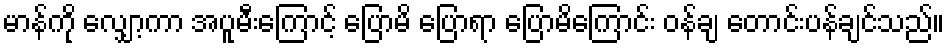
မာန်ကို လျှော့ကာ အပူမီးကြောင့် ပြောမိ ပြောရာ ပြောမိကြောင်း ဝန်ချ တောင်းပန်ချင်သည်။